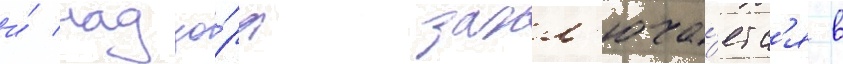
и́ надзо́ра закл'юча́етс'я в